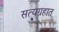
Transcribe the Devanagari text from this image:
सत्यग्रहात